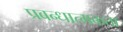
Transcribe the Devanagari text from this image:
प्रबन्धात्मकता